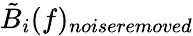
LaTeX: \tilde{B}_{i}(f)_{\textit{noiseremoved}}